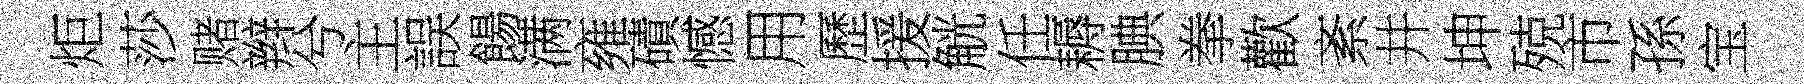
炬莎赌辫兮主誤餳满雍磧憾用歷援觥任耨腆拳歡紊井坤殑市孫宝